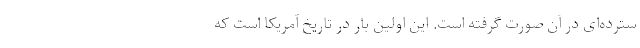
سترده‌ای در آن صورت گرفته است. این اولین بار در تاریخ آمریکا است که